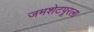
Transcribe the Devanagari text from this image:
जमशेटपूरला